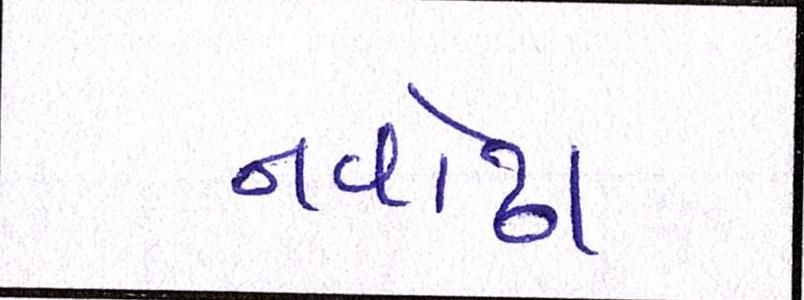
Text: નવોઢા